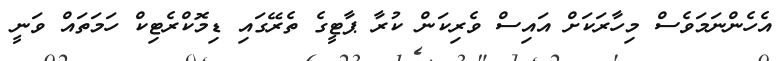
އެހެންނަމަވެސް މިހާރަކަށް އައިސް ވެރިކަން ކުރާ ޕާޓީގެ ތެރޭގައި ޑިމޮކްރެޓިކް ހަމަތައް ވަނީ